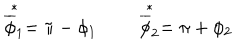
\stackrel { * } { \overline { { \phi } } _ { 1 } } = \pi - \phi _ { 1 } \qquad \stackrel { * } { \overline { { \phi } } _ { 2 } } = \pi + \phi _ { 2 }